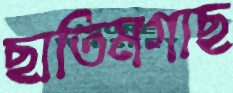
ছাতিমগাছ